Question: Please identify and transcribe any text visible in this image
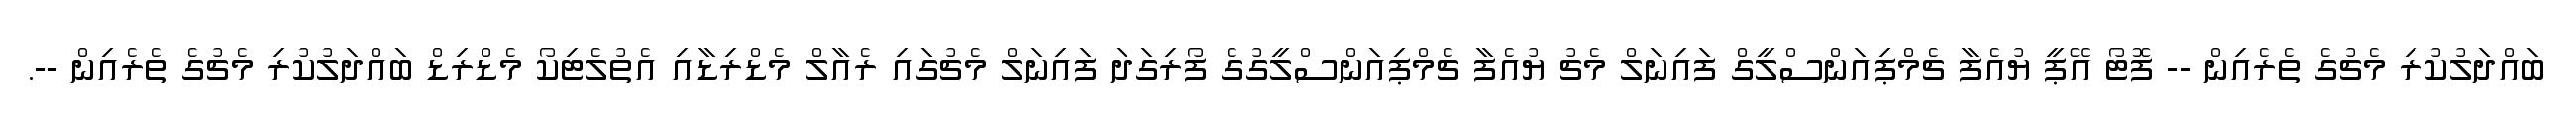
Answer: ބައްދަލުކުރި މެޗުގެ ތެރެއިން -- ފޮޓޯ އޭޕީ ޔުއެފާ ޗެމްޕިއަންސްލީގް ފައިނަލް މެޗު ޔުއެފާ ޗެމްޕިއަންސްލީގުގެ ފޯރިގަދަ ފައިނަލް މެޗުގައި ރެއާލް މެޑްރިޑާއި އެތުލެޓިކޯ މެޑްރިޑް ބައްދަލުކުރި މެޗުގެ ތެރެއިން --.